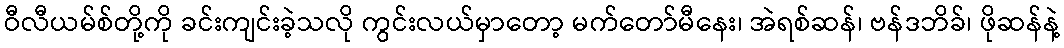
ဝီလီယမ်စ်တို့ကို ခင်းကျင်းခဲ့သလို ကွင်းလယ်မှာတော့ မက်တော်မီနေး၊ အဲရစ်ဆန်၊ ဗန်ဒဘိခ်၊ ဖိုဆန်နဲ့